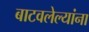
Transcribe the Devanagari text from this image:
बाटवलेल्यांना